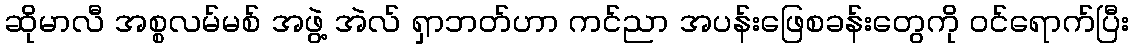
ဆိုမာလီ အစ္စလမ်မစ် အဖွဲ့ အဲလ် ရှာဘတ်ဟာ ကင်ညာ အပန်းဖြေစခန်းတွေကို ဝင်ရောက်ပြီး